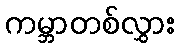
ကမ္ဘာတစ်လွှား